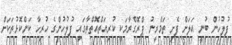
ފުލުހުން ބުނީ އަލަށް ފެށި ތަމްރީނު ޕްރޮގްރާމަކީ ކުރިއަތްއޮތްތާގައި ފުލުހުންގެ ހުރިހާ ކަންކޮޅުތަކަށް